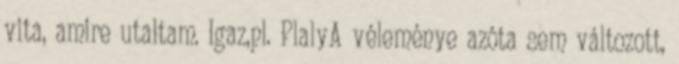
vita, amire utaltam. Igaz,pl. PlalyA véleménye azóta sem változott,